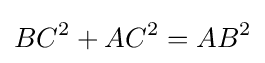
BC^{2}+AC^{2}=AB^{2}